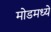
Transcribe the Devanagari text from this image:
मोडमध्ये